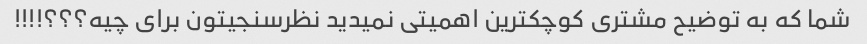
شما که به توضیح مشتری کوچکترین اهمیتی نمیدید نظرسنجیتون برای چیه؟؟؟!!!!